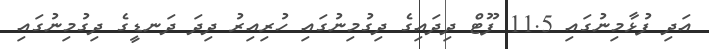
އަދި ފުޅާމިނުގައި 11.5 ފޫޓް ދިދައިގެ ދިގުމިނުގައި ހުރިއިރު ދިދަ ދަނޑީގެ ދިގުމިނުގައި